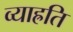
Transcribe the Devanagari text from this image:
व्याह्रति